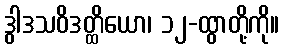
ဒွါဒသဝိဒတ္ထိယော၊ ၁၂-ထွာတို့ကို။